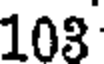
103